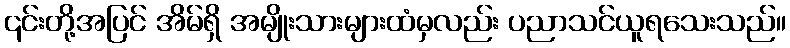
၎င်းတို့အပြင် အိမ်ရှိ အမျိုးသားများထံမှလည်း ပညာသင်ယူရသေးသည်။